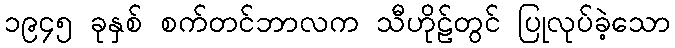
၁၉၄၅ ခုနှစ် စက်တင်ဘာလက သီဟိုဠ်တွင် ပြုလုပ်ခဲ့သော